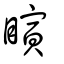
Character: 瞚